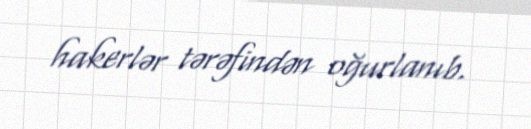
hakerlər tərəfindən oğurlanıb.